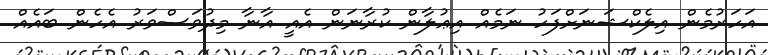
އަހަރުމެން އިލެކްޝަނަށްފަހު ނަމެއް އިޢުލާން ކުރާނަން އެއީ އާނާ މިދުވަސްވަރު އެހެން ބައެއް